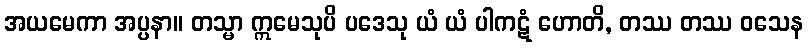
အယမေကာ အပ္ပနာ။ တသ္မာ ဣမေသုပိ ပဒေသု ယံ ယံ ပါကဋံ ဟောတိ, တဿ တဿ ဝသေန